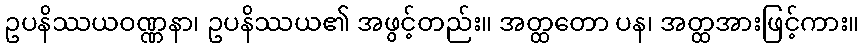
ဥပနိဿယဝဏ္ဏနာ၊ ဥပနိဿယ၏ အဖွင့်တည်း။ အတ္ထတော ပန၊ အတ္ထအားဖြင့်ကား။